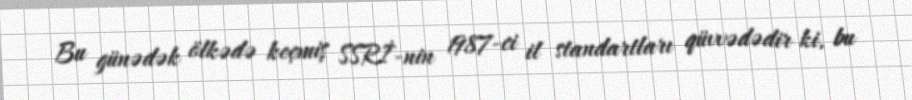
Bu günədək ölkədə keçmiş SSRİ-nin 1987-ci il standartları qüvvədədir ki, bu